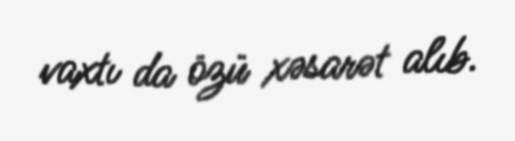
vaxtı da özü xəsarət alıb.